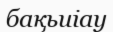
бақьиіау